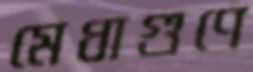
মেধাগুণে